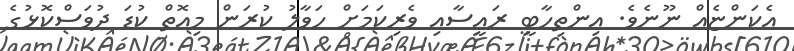
އެކަންޏެއް ނޫނެވެ. އިންތިހާބީ ރައީސާއި ވެރިކަމަށް ހަވާލު ކުރަން މިއޮތް ކުޑަ ދުވަސްކޮޅުގެ